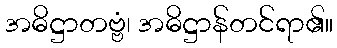
အဓိဋ္ဌာတဗ္ဗံ၊ အဓိဋ္ဌာန်တင်ရာ၏။